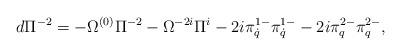
LaTeX: \begin{align*}d\Pi^{-2}=-\Omega^{(0)}\Pi^{-2}-\Omega^{-2i}\Pi^i-2i\pi^{1-}_{\dot q}\pi^{1-}_{\dot q}-2i\pi^{2-}_{q}\pi^{2-}_{q},\end{align*}